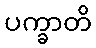
ပက္ခာတိ